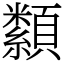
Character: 纇